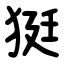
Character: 㹶